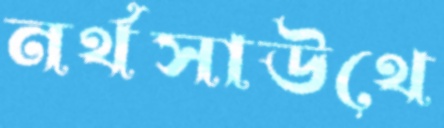
নর্থসাউথে